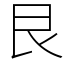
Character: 艮